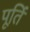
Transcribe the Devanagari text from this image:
पूतिं